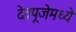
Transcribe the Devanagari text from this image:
देवपूजेमध्ये